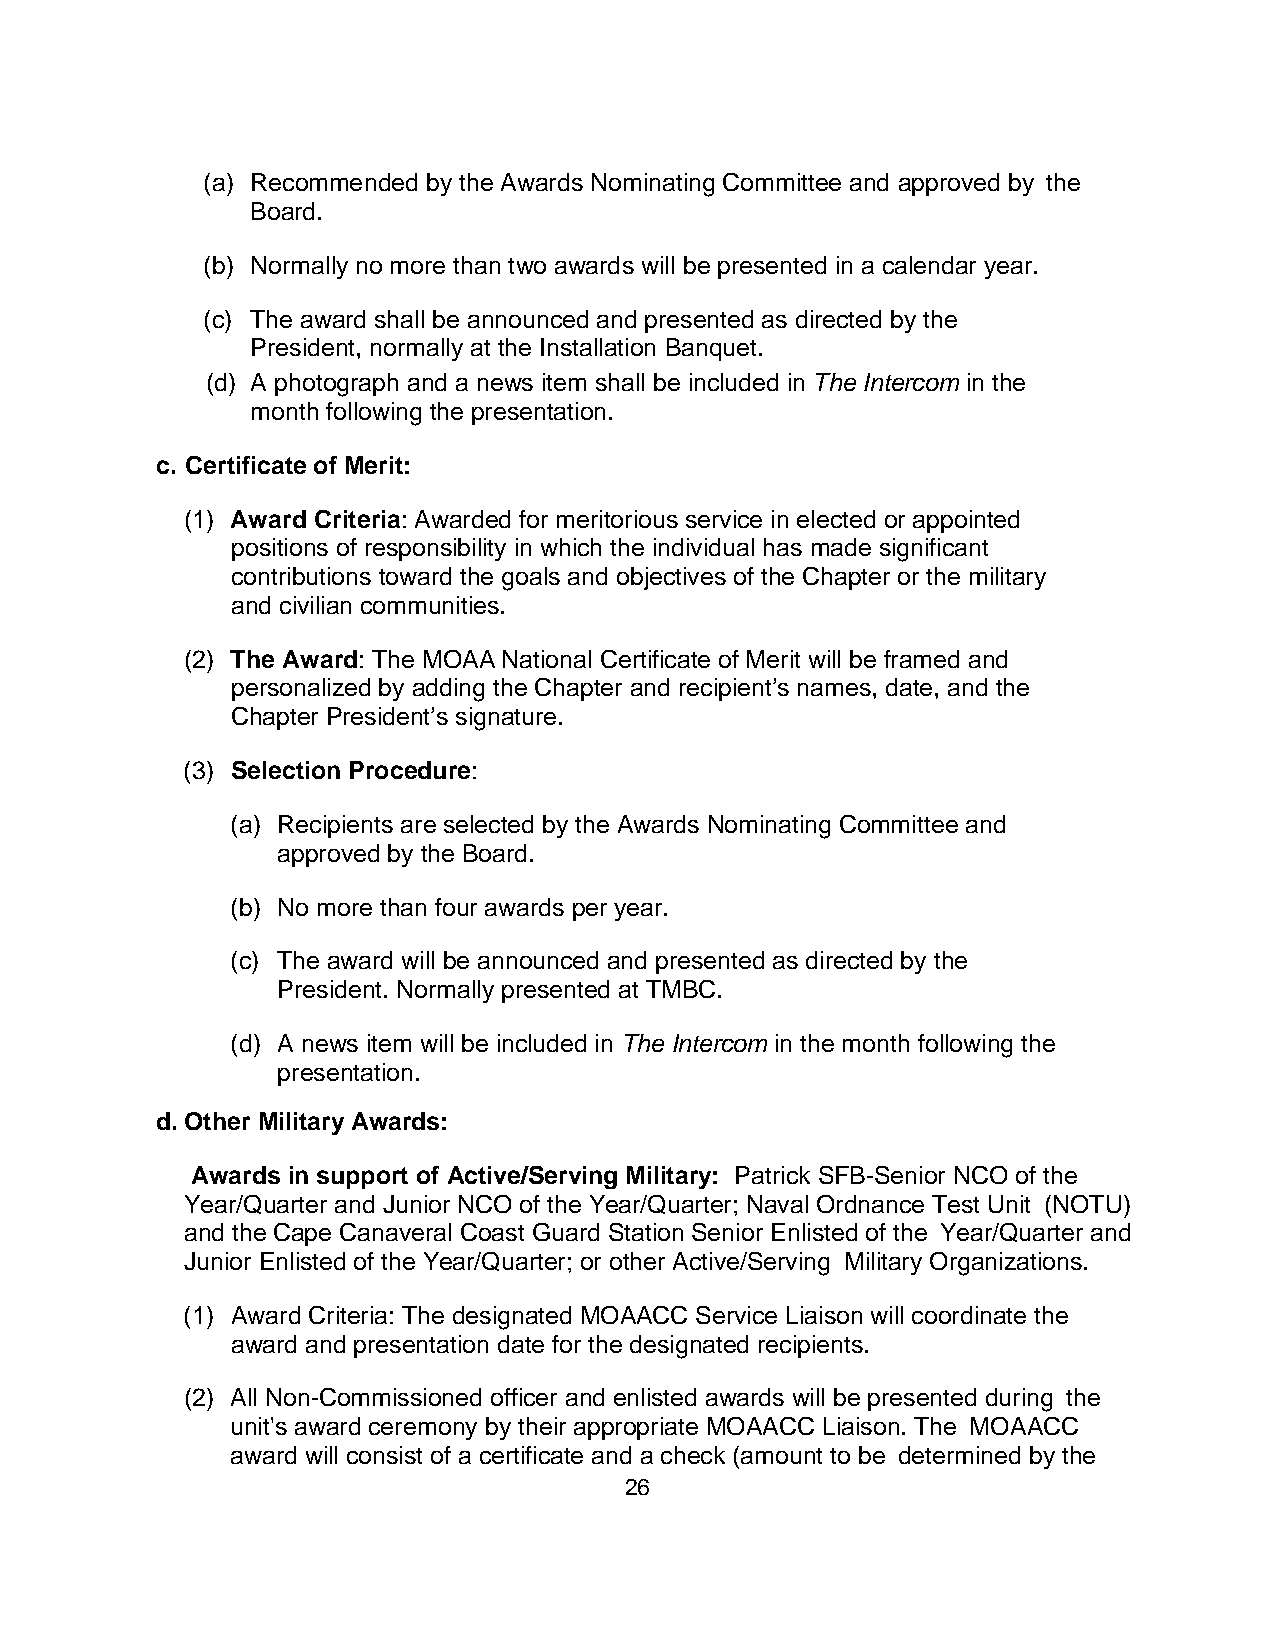
(a) Recommended by the Awards Nominating Committee and approved by the
 Board.
 (b) Normally no more than two awards will be presented in a calendar year.
 (c) The award shall be announced and presented as directed by the
 President, normally at the Installation Banquet.
 (d) A photograph and a news item shall be included in The Intercom in the
 month following the presentation.
 c. Certificate of Merit:
 (1) Award Criteria: Awarded for meritorious service in elected or appointed
 positions of responsibility in which the individual has made significant
 contributions toward the goals and objectives of the Chapter or the military
 and civilian communities.
 (2) The Award: The MOAA National Certificate of Merit will be framed and
 personalized by adding the Chapter and recipient’s names, date, and the
 Chapter President’s signature.
 (3) Selection Procedure:
 (a) Recipients are selected by the Awards Nominating Committee and
 approved by the Board.
 (b) No more than four awards per year.
 (c) The award will be announced and presented as directed by the
 President. Normally presented at TMBC.
 (d) A news item will be included in The Intercom in the month following the
 presentation.
 d. Other Military Awards:
 Awards in support of Active/Serving Military: Patrick SFB-Senior NCO of the
 Year/Quarter and Junior NCO of the Year/Quarter; Naval Ordnance Test Unit (NOTU)
 and the Cape Canaveral Coast Guard Station Senior Enlisted of the Year/Quarter and
 Junior Enlisted of the Year/Quarter; or other Active/Serving Military Organizations.
 (1) Award Criteria: The designated MOAACC Service Liaison will coordinate the
 award and presentation date for the designated recipients.
 (2) All Non-Commissioned officer and enlisted awards will be presented during the
 unit's award ceremony by their appropriate MOAACC Liaison. The MOAACC
 award will consist of a certificate and a check (amount to be determined by the
 26